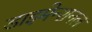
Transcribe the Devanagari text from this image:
डाइमेन्शनल